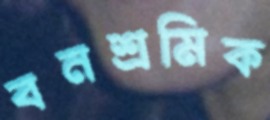
বনশ্রমিক